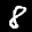
Label: 8